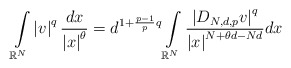
\begin{align*}\int\limits_{\mathbb{R}^{N}}\left\vert v\right\vert ^{q}\frac{dx}{\left\vert x\right\vert ^{\theta}}=d^{1+\frac{p-1}{p}q}\int\limits_{\mathbb{R}^{N}}\frac{\left\vert D_{N,d,p}v\right\vert ^{q}}{\left\vert x\right\vert^{N+\theta d-Nd}}dx\end{align*}